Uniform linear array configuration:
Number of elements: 24
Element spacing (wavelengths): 0.5
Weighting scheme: cosine
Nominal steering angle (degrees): -60
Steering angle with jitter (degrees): -58.144
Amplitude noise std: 0.05
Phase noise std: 0.05

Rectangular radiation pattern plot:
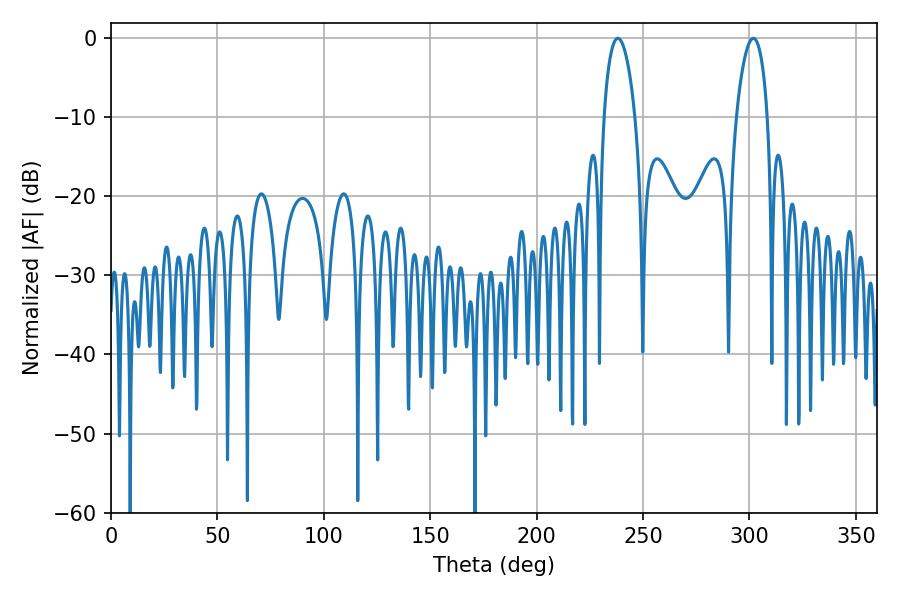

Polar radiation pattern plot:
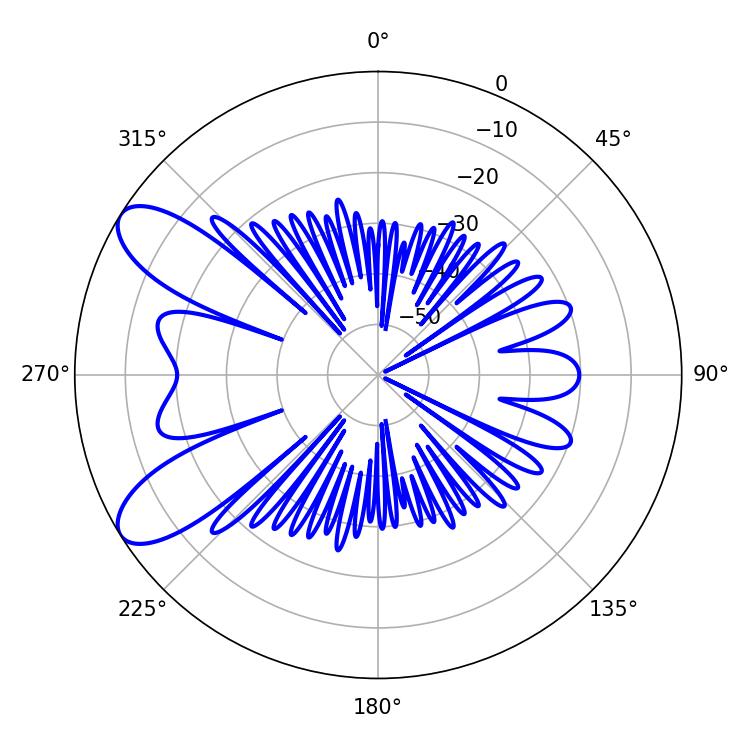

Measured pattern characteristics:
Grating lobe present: FALSE
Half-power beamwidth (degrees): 8.28
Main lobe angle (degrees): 238.14